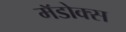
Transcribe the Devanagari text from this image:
मॅडोक्स